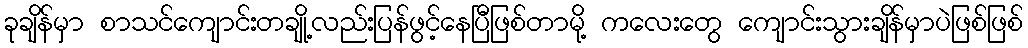
ခုချိန်မှာ စာသင်ကျောင်းတချို့လည်းပြန်ဖွင့်နေပြီဖြစ်တာမို့ ကလေးတွေ ကျောင်းသွားချိန်မှာပဲဖြစ်ဖြစ်